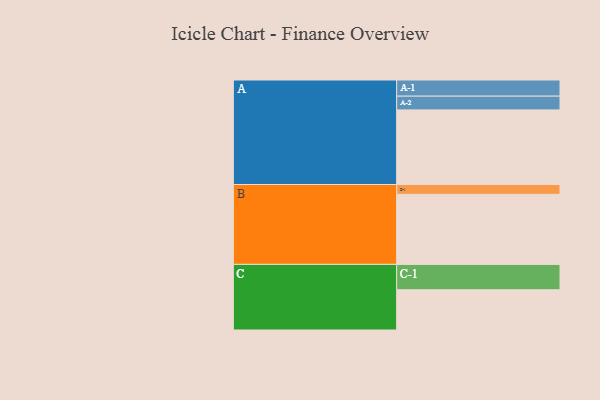
{"axis": {"x": "Segment", "y": "Value"}, "legend": ["", "A", "B", "C"], "data": [{"x": "A", "y": 591, "type": ""}, {"x": "B", "y": 555, "type": ""}, {"x": "C", "y": 319, "type": ""}, {"x": "A-1", "y": 128, "type": "A"}, {"x": "A-2", "y": 109, "type": "A"}, {"x": "B-1", "y": 78, "type": "B"}, {"x": "C-1", "y": 201, "type": "C"}]}